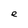
Character: e